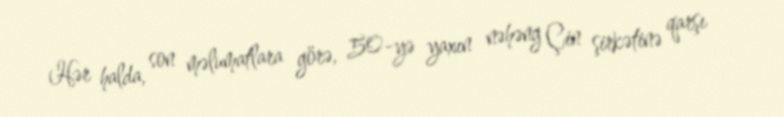
Hər halda, son məlumatlara görə, 50-yə yaxın nəhəng Çin şirkətinə qarşı